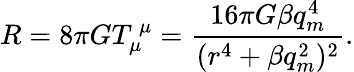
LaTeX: R=8\pi GT_{\mu}^{~\mu}=\frac{16\pi G\beta q_{m}^{4}}{(r^{4}+\beta q_{m}^{2})^{2}}.